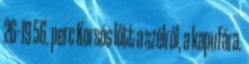
26–19 56. perc Korsós lőtt a szélről, a kapufára.